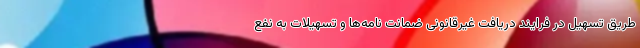
طریق تسهیل در فرایند دریافت غیرقانونی ضمانت نامه‌ها و تسهیلات به نفع